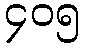
၄၀၅